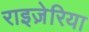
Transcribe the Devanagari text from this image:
राइज़ेरिया